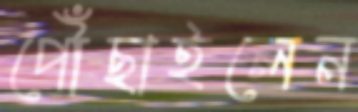
পৌঁছাইলেন